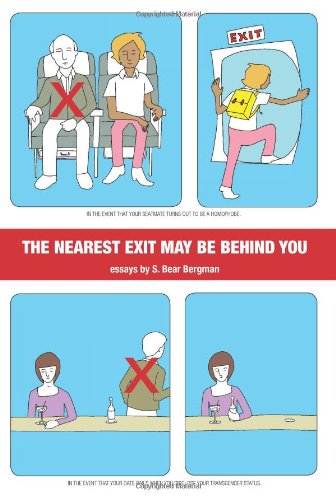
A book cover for The Nearest Exit May Be Behind You; S. Bear Bergman; Gay & Lesbian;